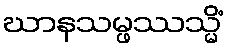
ဃာနသမ္ဖဿသ္မိံ